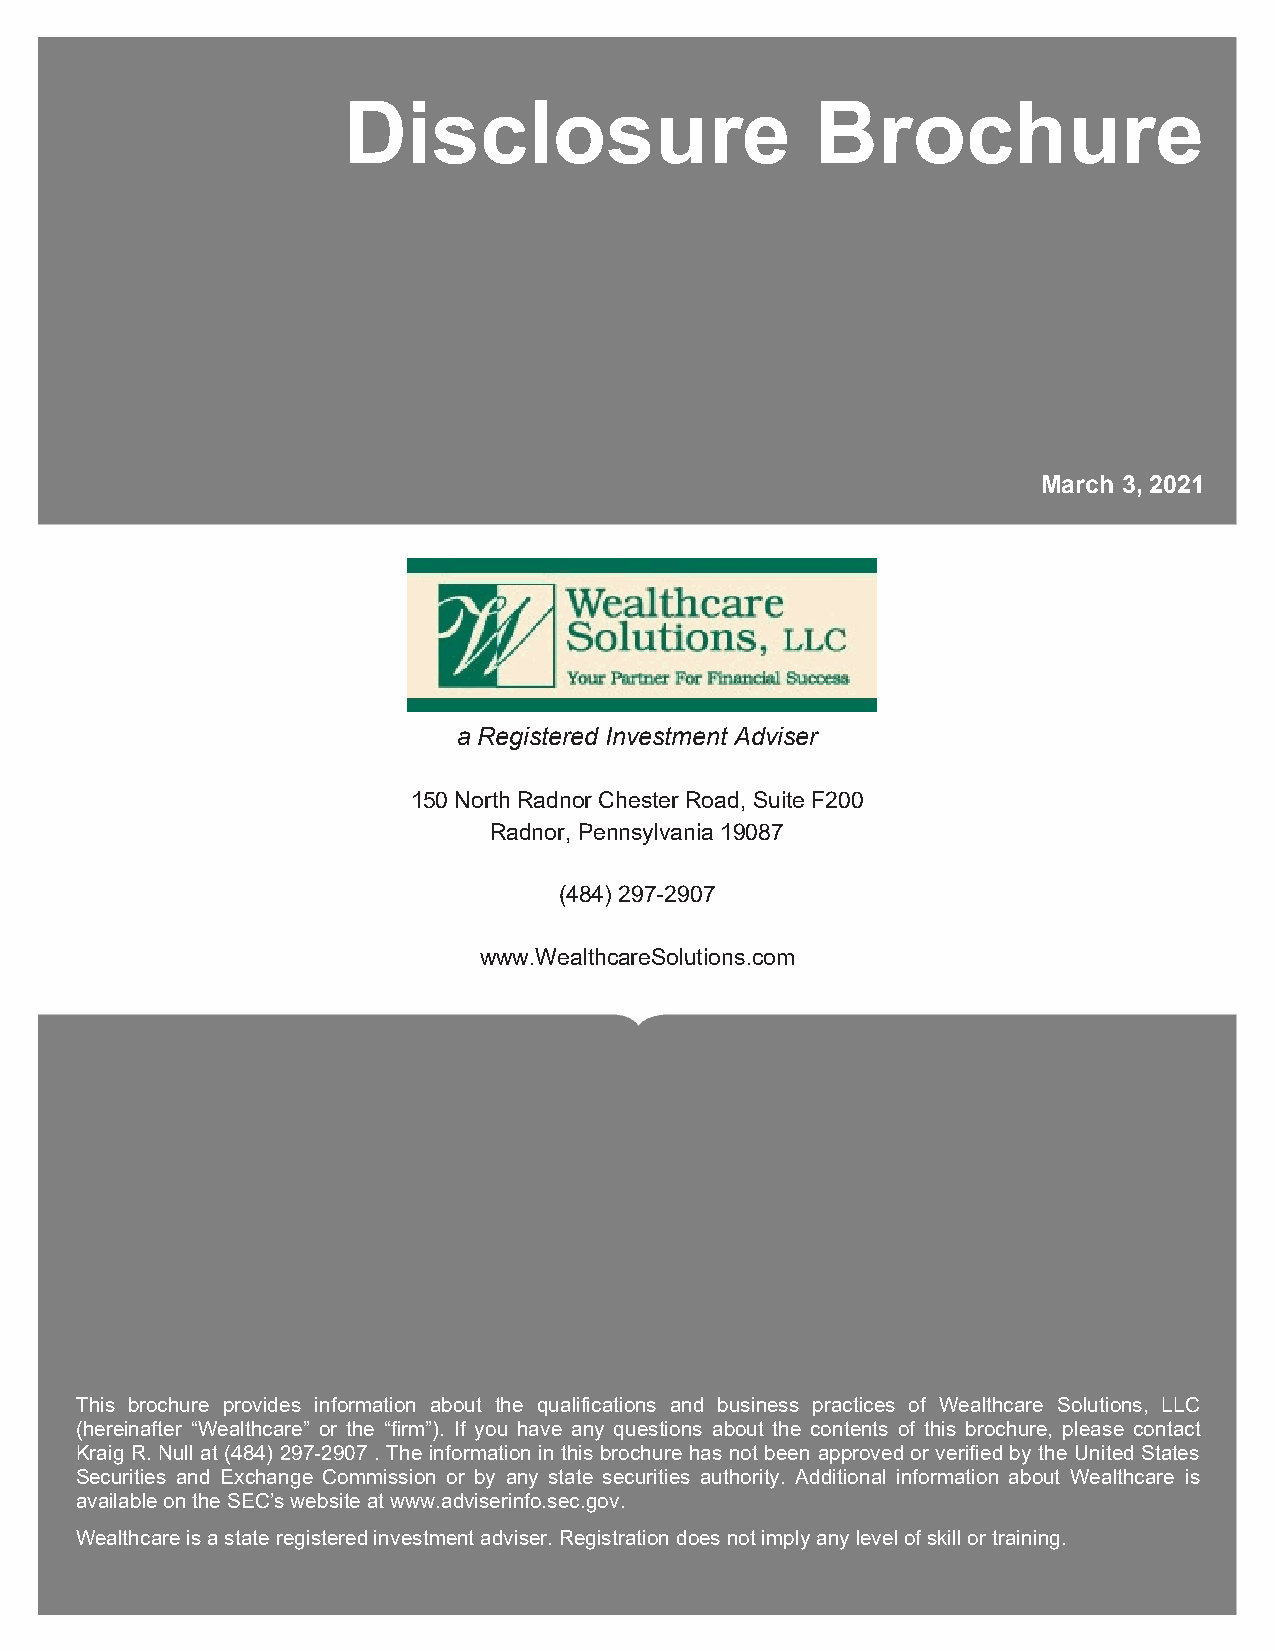
Disclosure Brochure
 Disclosure                     Brochure
 March 3, 2021
 a Registered Investment Adviser
 150 North Radnor Chester Road, Suite F200
 Radnor, Pennsylvania 19087
 (484) 297-2907
 www.WealthcareSolutions.com
 This brochure provides information about the qualifications and business practices of Wealthcare Solutions, LLC
 (hereinafter “Wealthcare” or the “firm”). If you have any questions about the contents of this brochure, please contact
 Kraig R. Null at (484) 297-2907 . The information in this brochure has not been approved or verified by the United States
 Securities and Exchange Commission or by any state securities authority. Additional information about Wealthcare is
 available on the SEC’s website at www.adviserinfo.sec.gov.
 Wealthcare is a state registered investment adviser. Registration does not imply any level of skill or training.
 © MarketCounsel 2021